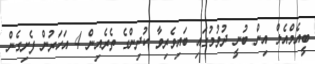
ބީއެމްއެލް އިން ބުނީ ދުވުމުގައި ބައިވެރިވާ ކުދިންގެ ތެރެއިން 4 އަހަރުން ފެށިގެން